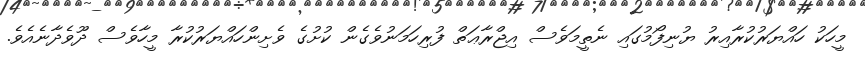
މީހަކު ހައްޔަރުކުރާއިރު ޔުނިފޯމުގައި ނެތީމަވެސް އިޖްރާޢަތް ފުރިހަމަނުވެގެން ކުށުގެ ވެށިންހައްޔަރުކުރާ މީހާވެސް ދޫވެދާނެއެވެ.